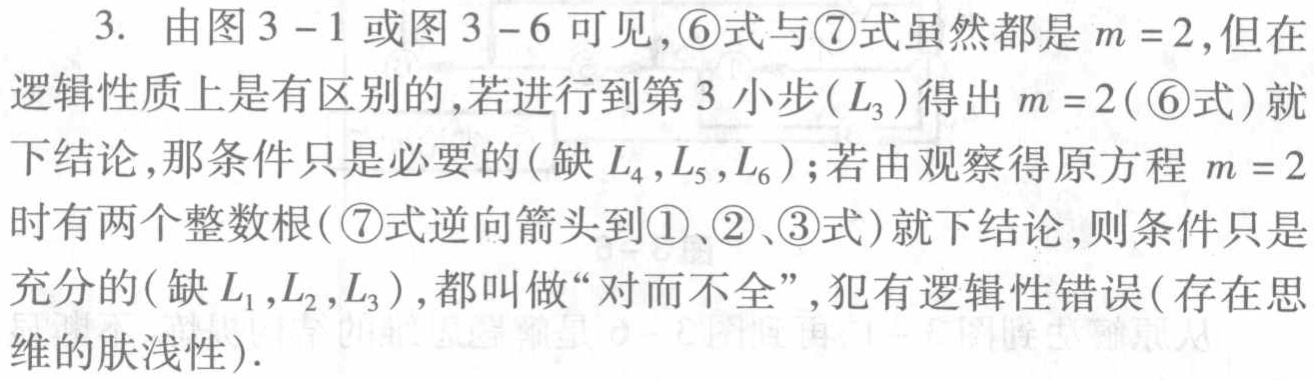
3. 由图3 - 1或图3 - 6可见，\textcircled{6}式与\textcircled{7}式虽然都是\(m = 2\)，但在逻辑性质上是有区别的，若进行到第3小步(\(L_{3}\))得出\(m = 2\)(\textcircled{6}式)就下结论，那条件只是必要的(缺\(L_{4},L_{5},L_{6}\))；若由观察得原方程\(m = 2\)时有两个整数根(\textcircled{7}式逆向箭头到\textcircled{1}、\textcircled{2}、\textcircled{3}式)就下结论，则条件只是充分的(缺\(L_{1},L_{2},L_{3}\))，都叫做“对而不全”，犯有逻辑性错误(存在思维的肤浅性)．